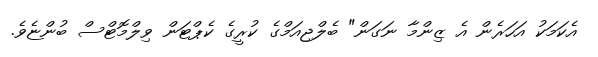
އެކަމަކު އަހަރެން އެ ޒިންމާ ނަގަން" ބެލްޖިއަމްގެ ކުރީގެ ކެޕްޓަން ވިލްމޮޓްސް ބުންޏެވެ.